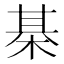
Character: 棊